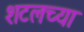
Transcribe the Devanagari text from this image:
शटलच्या